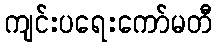
ကျင်းပရေးကော်မတီ